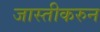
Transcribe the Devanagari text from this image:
जास्तीकरुन